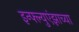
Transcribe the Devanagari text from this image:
इन्फ्ल्युएंझाच्या